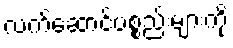
လက်ဆောင်ပစ္စည်းများကို